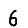
Digit: 6